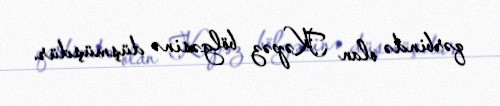
qərbində olan Kəpəz bölgəsinə düşmüşdür.